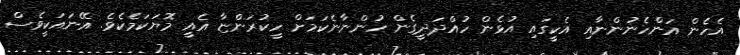
އެހެން އަންހެނުންނާއި އެކީގައި އުޅެން ހުއްދަދީގެން ހުންނާނެކަމަށް ހީކުރަންޏާ އެއީ މޮޔަކަމެކެވެ. އޭނައަކީވެސް